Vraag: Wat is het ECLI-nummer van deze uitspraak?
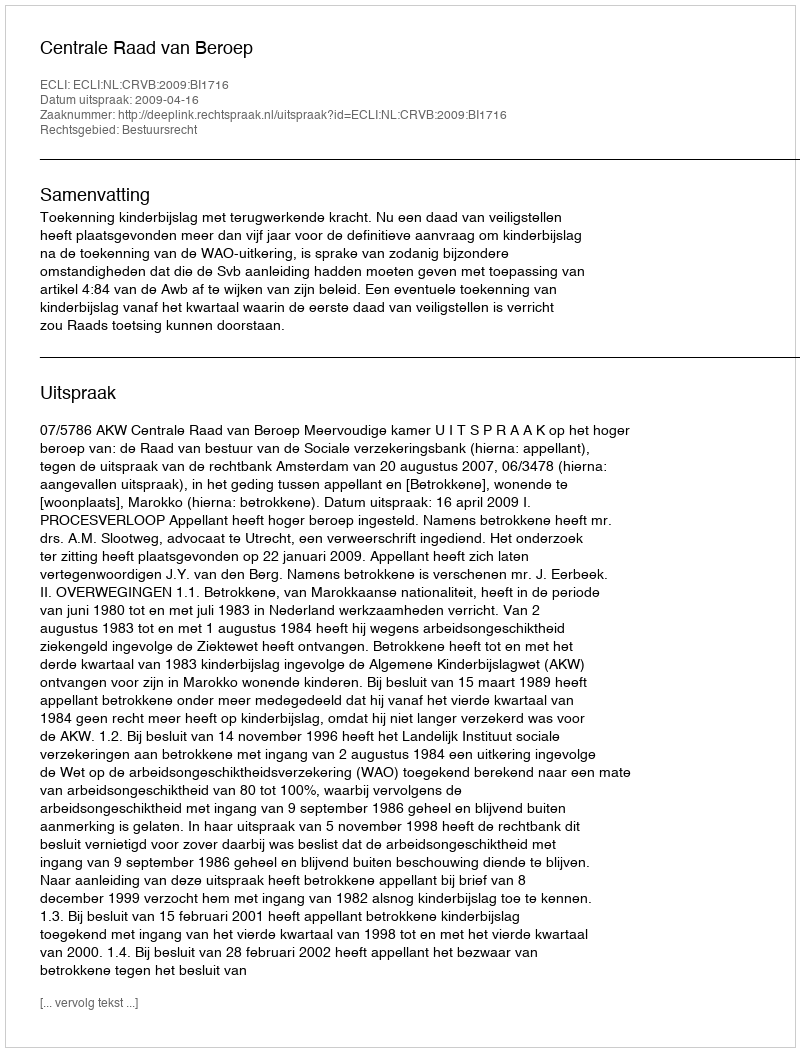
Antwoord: ECLI:NL:CRVB:2009:BI1716